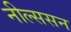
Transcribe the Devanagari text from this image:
नील्ससन